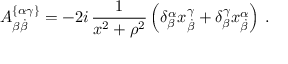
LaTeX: A _ { \beta \dot { \beta } } ^ { \{ \alpha \gamma \} } = - 2 i \, \frac { 1 } { x ^ { 2 } + \rho ^ { 2 } } \left( \delta _ { \beta } ^ { \alpha } x _ { \dot { \beta } } ^ { \gamma } + \delta _ { \beta } ^ { \gamma } x _ { \dot { \beta } } ^ { \alpha } \right) \, .